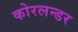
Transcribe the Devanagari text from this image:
कोरलन्डर